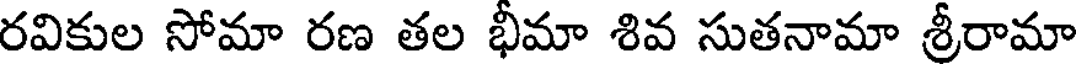
రవికుల సోమా రణ తల భీమా శివ సుతనామా శ్రీరామా